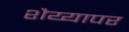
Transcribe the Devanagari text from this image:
शैय्यापर